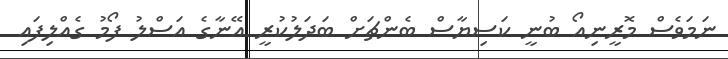
ނަމަވެސް މޮރީނިއޯ ބުނީ ކަސިޔާސް ބެންޗަށް ބަދަލުކުރީ އޭނާގެ އަސްލު ފޯމު ގެއްލިފައި